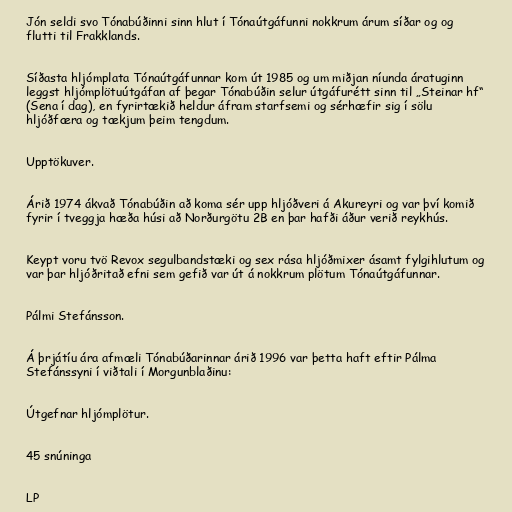
Jón seldi svo Tónabúðinni sinn hlut í Tónaútgáfunni nokkrum árum síðar og og
flutti til Frakklands.

Síðasta hljómplata Tónaútgáfunnar kom út 1985 og um miðjan níunda áratuginn
leggst hljómplötuútgáfan af þegar Tónabúðin selur útgáfurétt sinn til „Steinar hf“
(Sena í dag), en fyrirtækið heldur áfram starfsemi og sérhæfir sig í sölu
hljóðfæra og tækjum þeim tengdum.

Upptökuver.

Árið 1974 ákvað Tónabúðin að koma sér upp hljóðveri á Akureyri og var því komið
fyrir í tveggja hæða húsi að Norðurgötu 2B en þar hafði áður verið reykhús.

Keypt voru tvö Revox segulbandstæki og sex rása hljóðmixer ásamt fylgihlutum og
var þar hljóðritað efni sem gefið var út á nokkrum plötum Tónaútgáfunnar.

Pálmi Stefánsson.

Á þrjátíu ára afmæli Tónabúðarinnar árið 1996 var þetta haft eftir Pálma
Stefánssyni í viðtali í Morgunblaðinu:

Útgefnar hljómplötur.

45 snúninga

LP